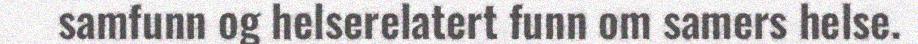
samfunn og helserelatert funn om samers helse.